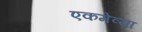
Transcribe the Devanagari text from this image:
एकमेव्या